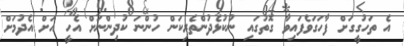
އެ ތަހުގީގަށް ފާހަގަވެފައިވާ ގޮތުގައި ނުކުޅެދުންތެރިކަން ހުންނަ ކުދިންނަށް އެހީ އަށް އެދުމަށް